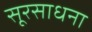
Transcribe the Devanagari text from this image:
सूरसाधना